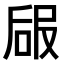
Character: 𠵳